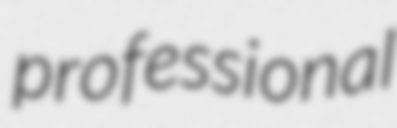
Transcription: professional